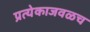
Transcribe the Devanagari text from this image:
प्रत्येकाजवळच